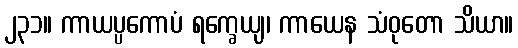
၂၃၁။ ကာယပ္ပကောပံ ရက္ခေယျ၊ ကာယေန သံဝုတော သိယာ။